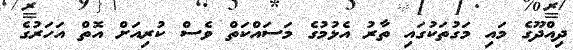
ދިއްދޫގެ މައި މަގުތަކުގައި ތާރު އެޅުމުގެ މަސައްކަތް ވެސް ކުރިއަށް އޮތް އަހަރުގެ